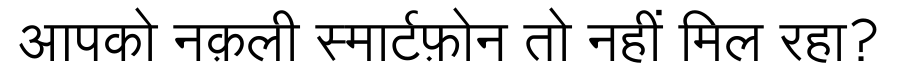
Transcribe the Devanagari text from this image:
आपको नक़ली स्मार्टफ़ोन तो नहीं मिल रहा?